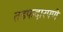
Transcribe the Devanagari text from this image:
तडफदारपणे